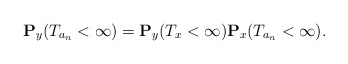
\begin{align*}\mathbf{P}_y(T_{a_n}<\infty)=\mathbf{P}_y(T_x<\infty)\mathbf{P}_x(T_{a_n}<\infty). \end{align*}